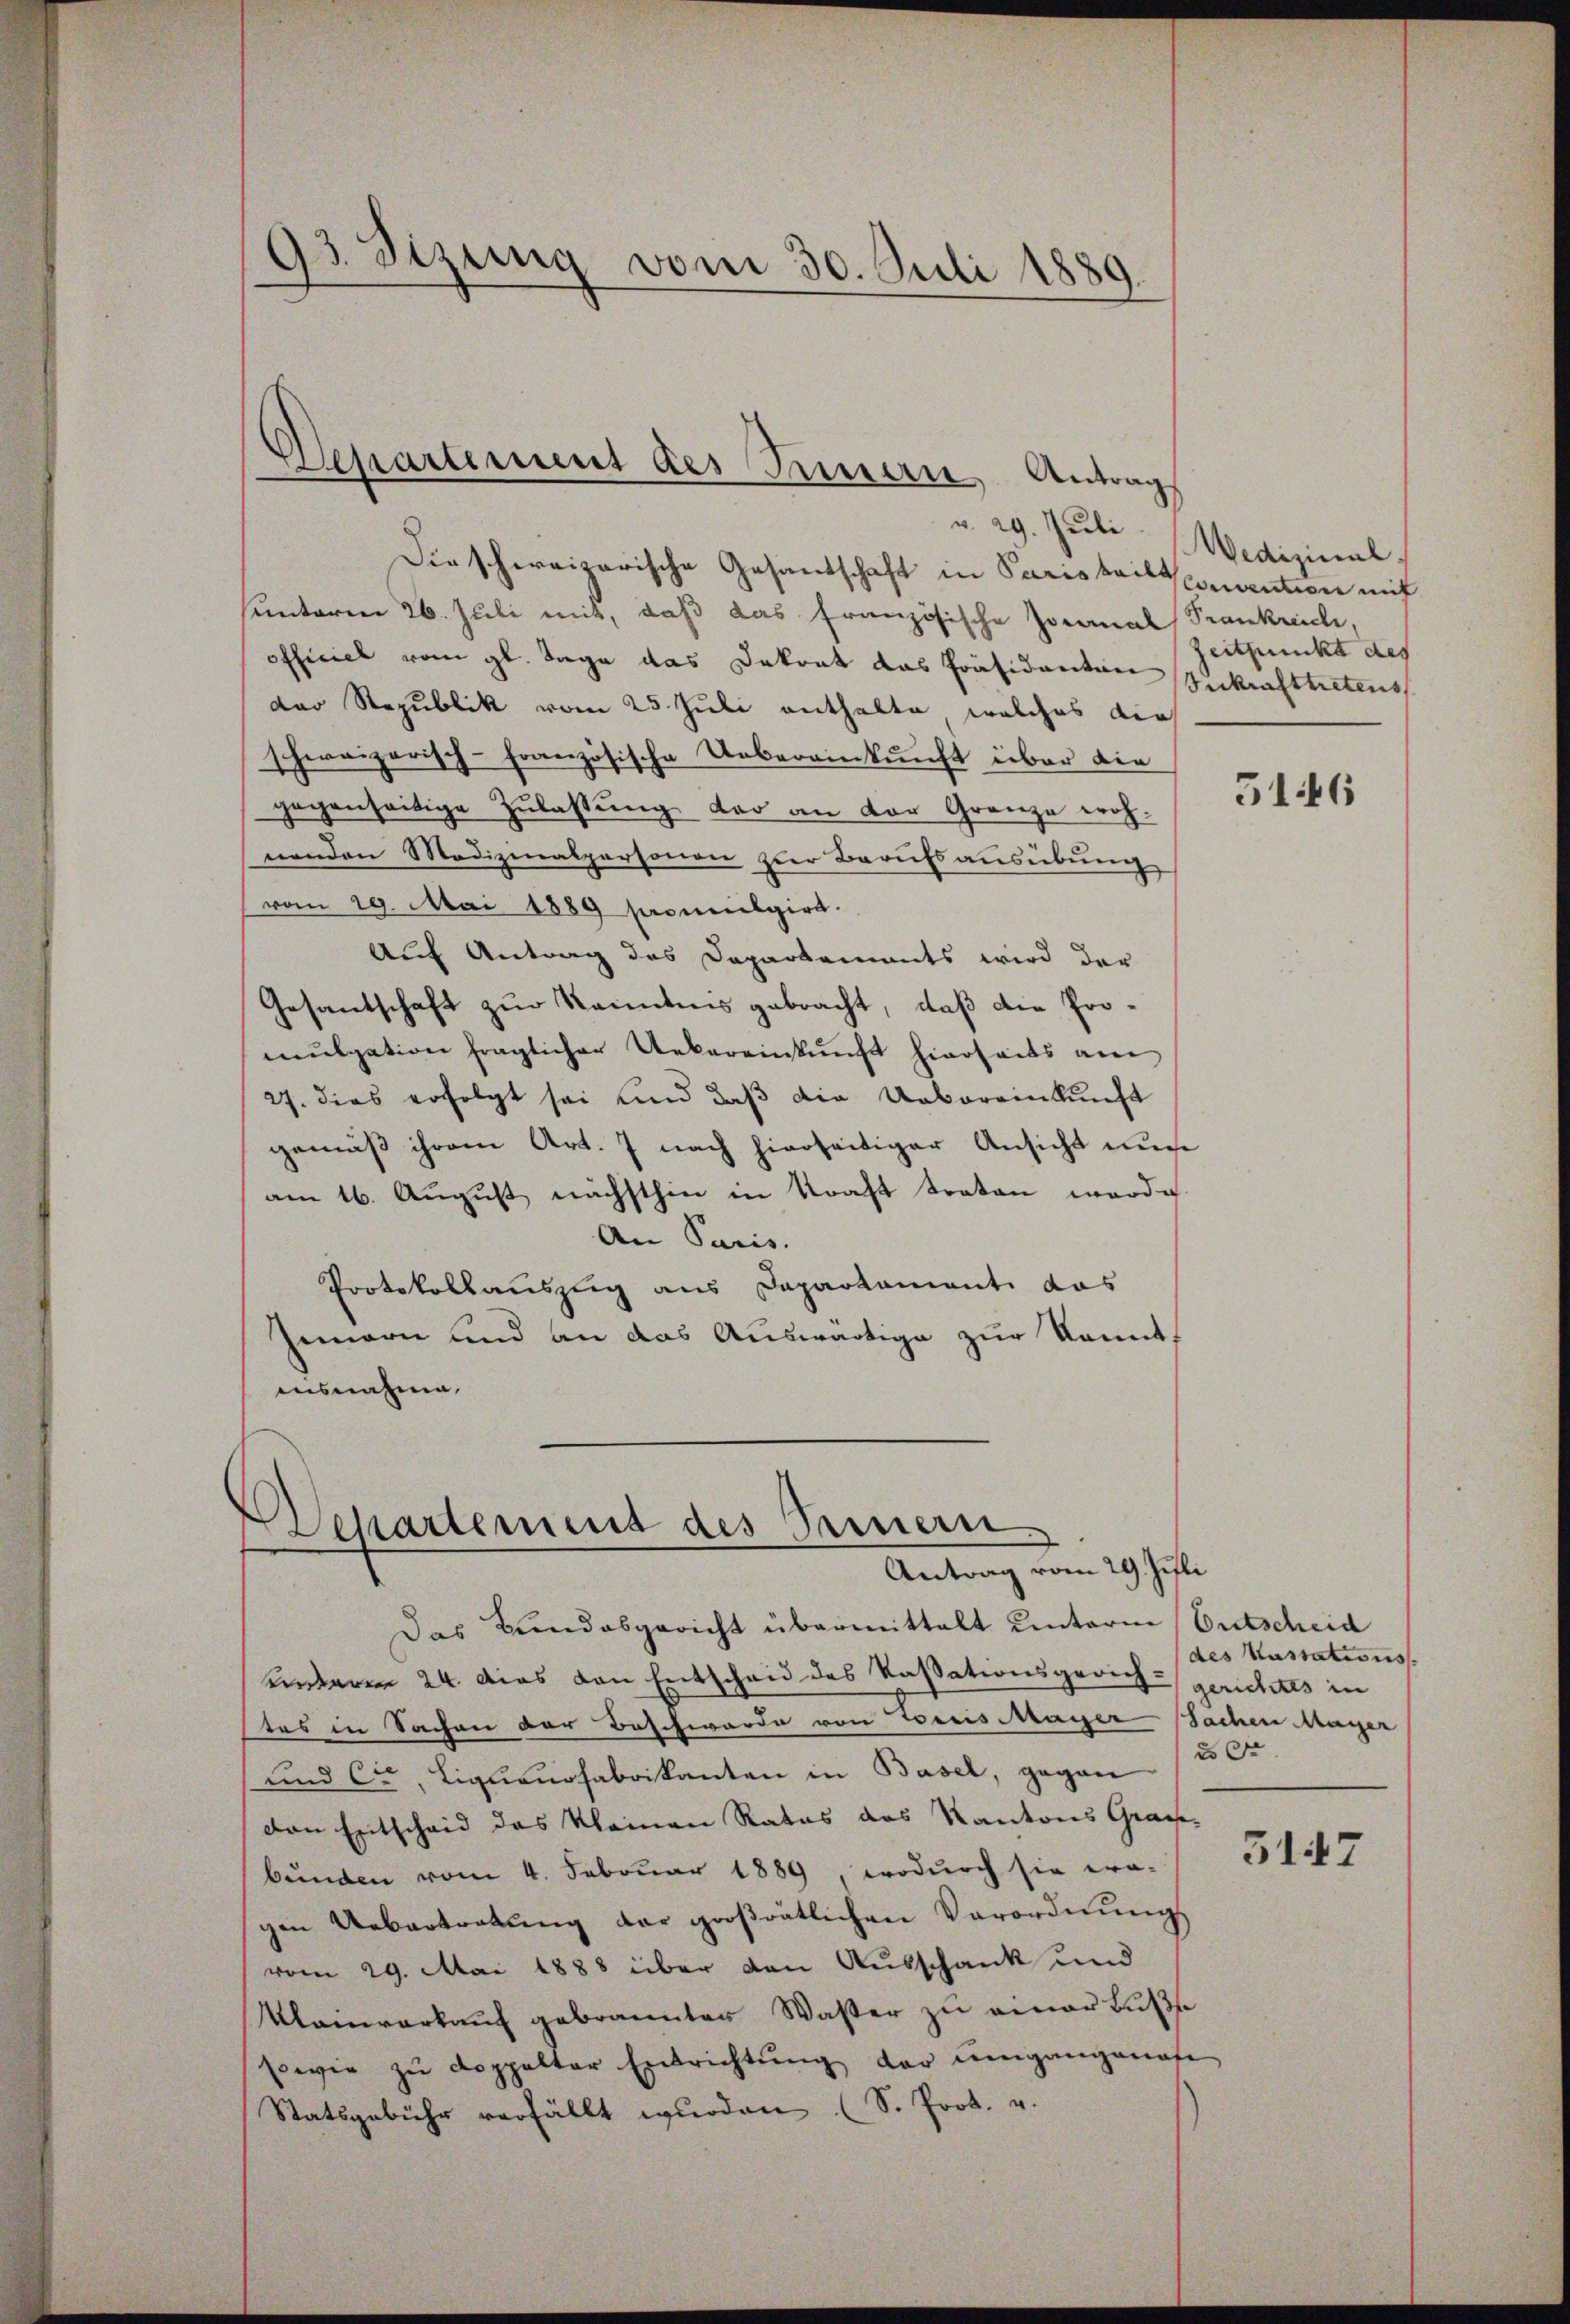
93. Sizung vom 30. Juli 1889.

Departement des Innern, Antrag

Dirschweizerische Gesandschaft in Paris heilsconvention mit
sunteren 26. Juli mit, daß das französische Jovanal Trankreich,
officiel vom gl. Tage das Dekont das Präsidenten Inkrafttretens
Der Republik vom 25. Juli enthalte, welches die
schweizerisch-französische Uebereinkunft über die
gegenseitige Zulassung der an der Grenze woh-
nenden Medizinalpersonen zur Berufsausübung
vom 29. Mai 1889 sacumilgirt.
Auf Antrag des Departements wird der
Gesandtschaft zur Kenntnis gebracht, daß die Promulgation fraglicher Uebereinkunft hierseits am
27. dies erfolgt sei und daß die Uebereinkunft
gemäß ihrem Art. 7 nach hierseitiger Ansicht nur
am 16. August nächsthin in Kraft traten werde
An Paris.
Protokollauszug aus Dapartament das
Zimern und an das Auswärtige zur konnt
ausnahme.

u. 29. Juli Medizinal

Separtemens des Parmern
Antrag vom 29. Juli

Das Bundesgericht übermittelt unterm Entscheid
unneren 24. dies den Entscheid des Kassationsgerich gerichtes in
tes in Sachen der Beschwerde von Freis Mayer Sachen Magen
und Cr, Liqŭanosabrikanton in Basel, gegen
den Entscheid das kleinen Rates das Kantons Graubünden vom 4. Februar 1889, wodurch sie era-
gen Uebertretŭng der groβrätlichen Verordnŭngs
vom 29. Mai 1888 über den Ausschank und
Kleinverkaŭf gebrannter Wasser zu einer Buße
sowie zŭ doppelter Entrichtŭng der umgangenof
Statsgebühr verfällt wurden (S. Prot. u.

Zeitpunkt des

316

des Kassations
20

5147